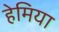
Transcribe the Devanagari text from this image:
हेमिया